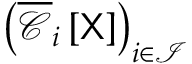
\left( \overline { { \boldsymbol { \mathscr { C } } } } _ { i } \left[ \mathsf { X } \right] \right) _ { i \in \mathcal { I } }